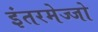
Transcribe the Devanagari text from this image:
इंतरमेज्जो